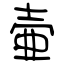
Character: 壷